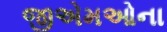
જીએમઓના